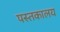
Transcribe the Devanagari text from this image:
पस्तकालय